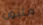
مليون